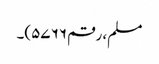
مسلم، رقم ۵۷۶۶)۔